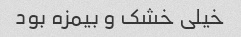
خیلی خشک و بیمزه بود